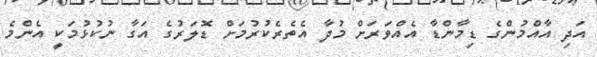
އަދި އާއްމުންގެ ޑިމާންޑާ އެއްވަރަށް މުދާ އެތެރެކުރުމަށް ޑޮލަރުގެ އަގާ ނުކުޅުމަކީ އެންމެ